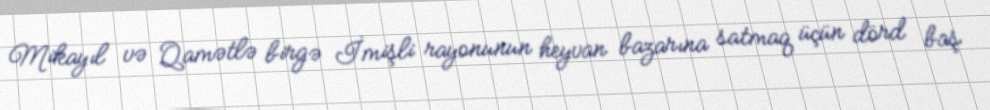
Mikayıl və Qamətlə birgə İmişli rayonunun heyvan bazarına satmaq üçün dörd baş